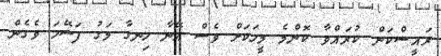
ރައީސްކަން ކުރައްވާ ކޮންމެ މީހަކަށް ވެސް އޭނާ ހިނގާ މަގު ފަސޭހަ ވެގެން